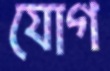
যোগ